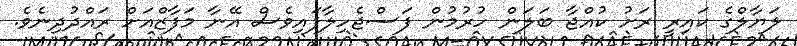
ލަޔާލްގެ ކައިރީ ރަށު ކުއްޖާ ބަލަން ހުރުމުން ފަސްޖެހިލާފައިވެސް އޭނާ މަފާޒްއަށް ރައްދުދިނެވެ.